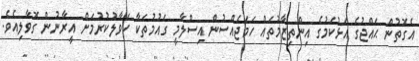
އެގޮތުން ޙައްޖުގެ އަޅުކަމުގެ އިންތިޒާމުތައް ހަމަޖެއްސުން އިސްލާމީ ގައުމުތަކާ ހަވާލުކުރުމަށް އީރާނުން ގޮވާލިއެވެ.